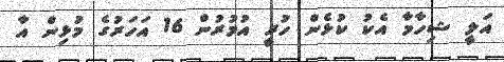
އަލީ ޝިހާމާ އެކު ކުޅެން ހުރީ އުމުރުން 16 އަހަރުގެ މުޅިން އާ